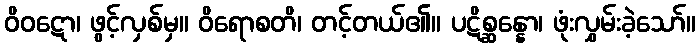
ဝိဝဋော၊ ဖွင့်လှစ်မှ။ ဝိရောစတိ၊ တင့်တယ်၏။ ပဋိစ္ဆန္နော၊ ဖုံးလွှမ်းခဲ့သော်။